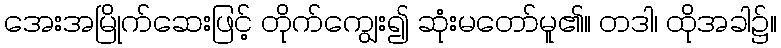
အေးအမြိုက်ဆေးဖြင့် တိုက်ကျွေး၍ ဆုံးမတော်မူ၏။ တဒါ၊ ထိုအခါ၌။